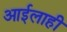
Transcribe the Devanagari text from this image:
आईलाही